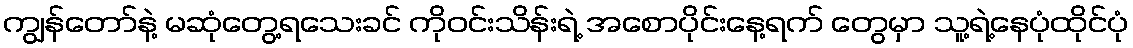
ကျွန်တော်နဲ့ မဆုံတွေ့ရသေးခင် ကိုဝင်းသိန်းရဲ့ အစောပိုင်းနေ့ရက် တွေမှာ သူ့ရဲ့နေပုံထိုင်ပုံ